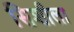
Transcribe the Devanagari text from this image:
सिशीला